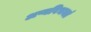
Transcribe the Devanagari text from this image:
अप्यविभक्तं